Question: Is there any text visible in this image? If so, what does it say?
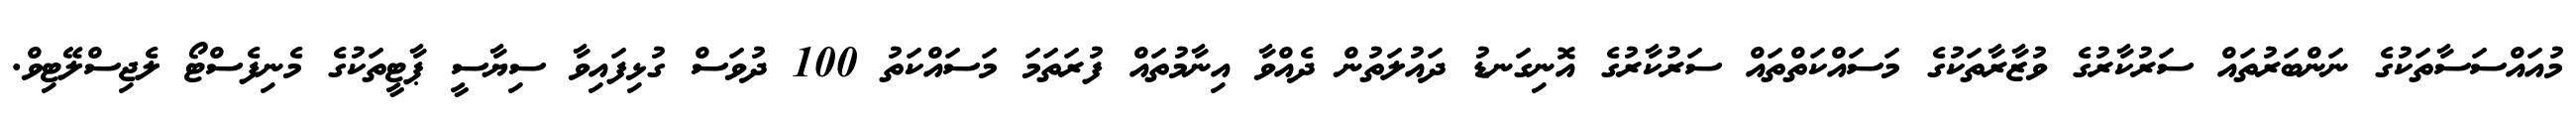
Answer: މުއައްސަސާތަކުގެ ނަންބަރުތައް ސަރުކާރުގެ ވުޒާރާތަކުގެ މަސައްކަތްތައް ސަރުކާރުގެ އޮނިގަނޑު ދައުލަތުން ދެއްވާ އިނާމުތައް ފުރަތަމަ މަސައްކަތު 100 ދުވަސް ގުޅިފައިވާ ސިޔާސީ ޕާޓީތަކުގެ މެނިފެސްޓޯ ލެޖިސްލޭޓިވް.